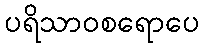
ပရိသာဝစရောပေ